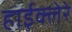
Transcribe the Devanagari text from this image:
हाईक्लेरे